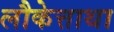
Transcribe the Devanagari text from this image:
लौकेत्ताथा